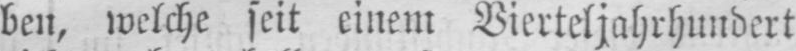
ben, welche seit einem Vierteljahrhundert